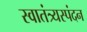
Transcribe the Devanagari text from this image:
स्वातंत्र्यस्पंदन